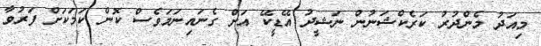
މިއަދު މެންދުރު ކަރެކްޝަނުން ނަޝީދު އޭޑީކޭ އަށް ގެނައިނަމަވެސް ކޮން ކަމަކަށް ފަރުވާ